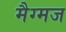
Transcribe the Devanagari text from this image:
मैग्मज